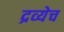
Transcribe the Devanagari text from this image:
द्रव्येच